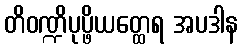
တိဝဏ္ဍိပုပ္ဖိယတ္ထေရ အပဒါန